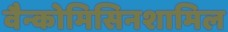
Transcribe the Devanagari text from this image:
वैन्कोमिसिनशामिल